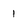
Character: 1